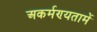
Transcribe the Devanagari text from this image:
अकर्मण्यतामें